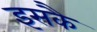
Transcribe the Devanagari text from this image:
इसकै